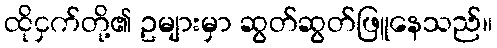
ထိုငှက်တို့၏ ဥများမှာ ဆွတ်ဆွတ်ဖြူနေသည်။